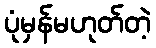
ပုံမှန်မဟုတ်တဲ့